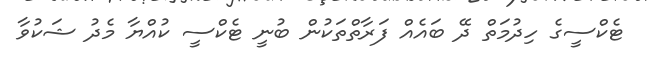
ޓެކްސީގެ ހިދުމަތް ދޭ ބައެއް ފަރާތްތަކުން ބުނީ ޓެކްސީ ކުއްޔާ މެދު ޝަކުވާ